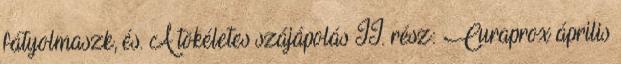
fátyolmaszk, és. A tökéletes szájápolás II. rész: Curaprox április